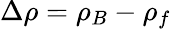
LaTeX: \Delta\rho=\rho_{B}-\rho_{f}